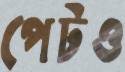
পেটও